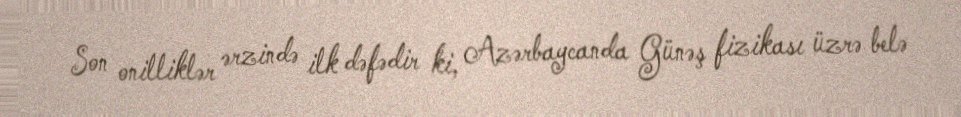
Son onilliklər ərzində ilk dəfədir ki, Azərbaycanda Günəş fizikası üzrə belə